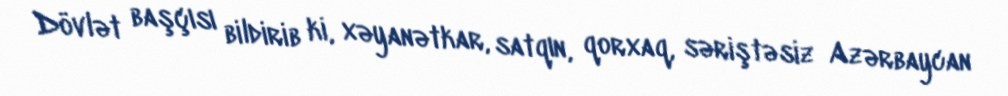
Dövlət başçısı bildirib ki, xəyanətkar, satqın, qorxaq, səriştəsiz Azərbaycan